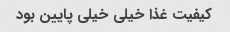
کیفیت غذا خیلی خیلی پایین بود